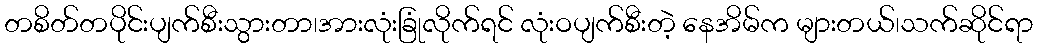
တစိတ်တပိုင်းပျက်စီးသွားတာ၊အားလုံးခြုံလိုက်ရင် လုံးဝပျက်စီးတဲ့ နေအိမ်က များတယ်၊သက်ဆိုင်ရာ